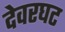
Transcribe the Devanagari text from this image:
देवरघट